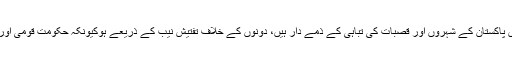
پی پی پی اور مسلم لیگ (ن) یہ دونوں پاکستان کے شہروں اور قصبات کی تباہی کے ذمے دار ہیں، دونوں کے خلاف تفتیش نیب کے ذریعے ہوکیونکہ حکومت قومی اور صوبائی ان کی ہی رہی ہیں اور ہیں۔